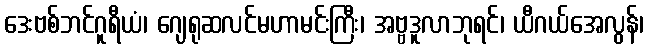
ဒေးဗစ်ဘင်ဂူရီယံ၊ ဂျေရုဆလင်မဟာမင်းကြီး၊ အဗ္ဗဒူလာဘုရင်၊ ယီဂယ်အေလွန်၊